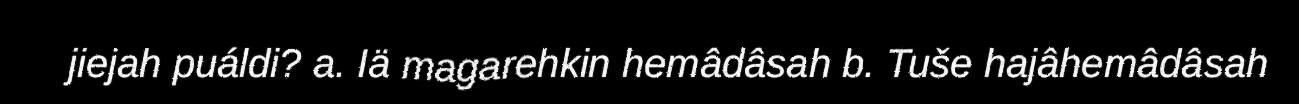
jiejah puáldi? a. Iä magarehkin hemâdâsah b. Tuše hajâhemâdâsah